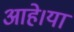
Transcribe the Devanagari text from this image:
आहे।या